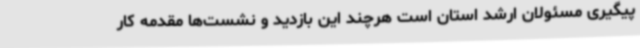
پیگیری مسئولان ارشد استان است هرچند این بازدید و نشست‌ها مقدمه کار